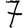
Digit: 7